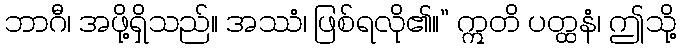
ဘာဂီ၊ အဖို့ရှိသည်။ အဿံ၊ ဖြစ်ရလို၏။” ဣတိ ပတ္ထနံ၊ ဤသို့